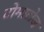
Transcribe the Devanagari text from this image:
टोमाटोज